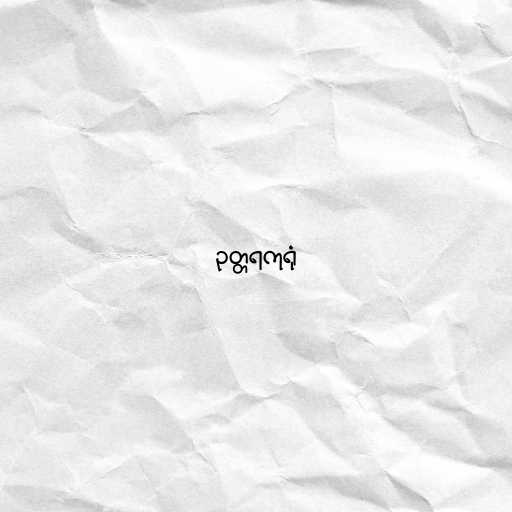
ဥတ္တရကုရုံ